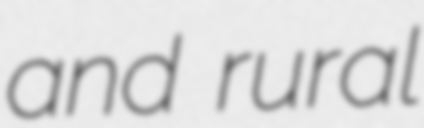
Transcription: and rural